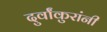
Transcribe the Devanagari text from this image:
दुर्वांकुरांनी